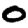
Digit: 0